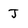
Character: J